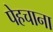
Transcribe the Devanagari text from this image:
पेहचाना